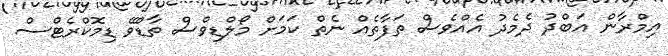
އިމްރާން އަބްދު ދެމެދު އެއްވެސް ތަފާތެއް ނެތް ކަމަށް މޯލްޑިވްސް ތާޑްވޭ ޑިމޮކްރެޓްސް